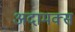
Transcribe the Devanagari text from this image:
अदामक्स